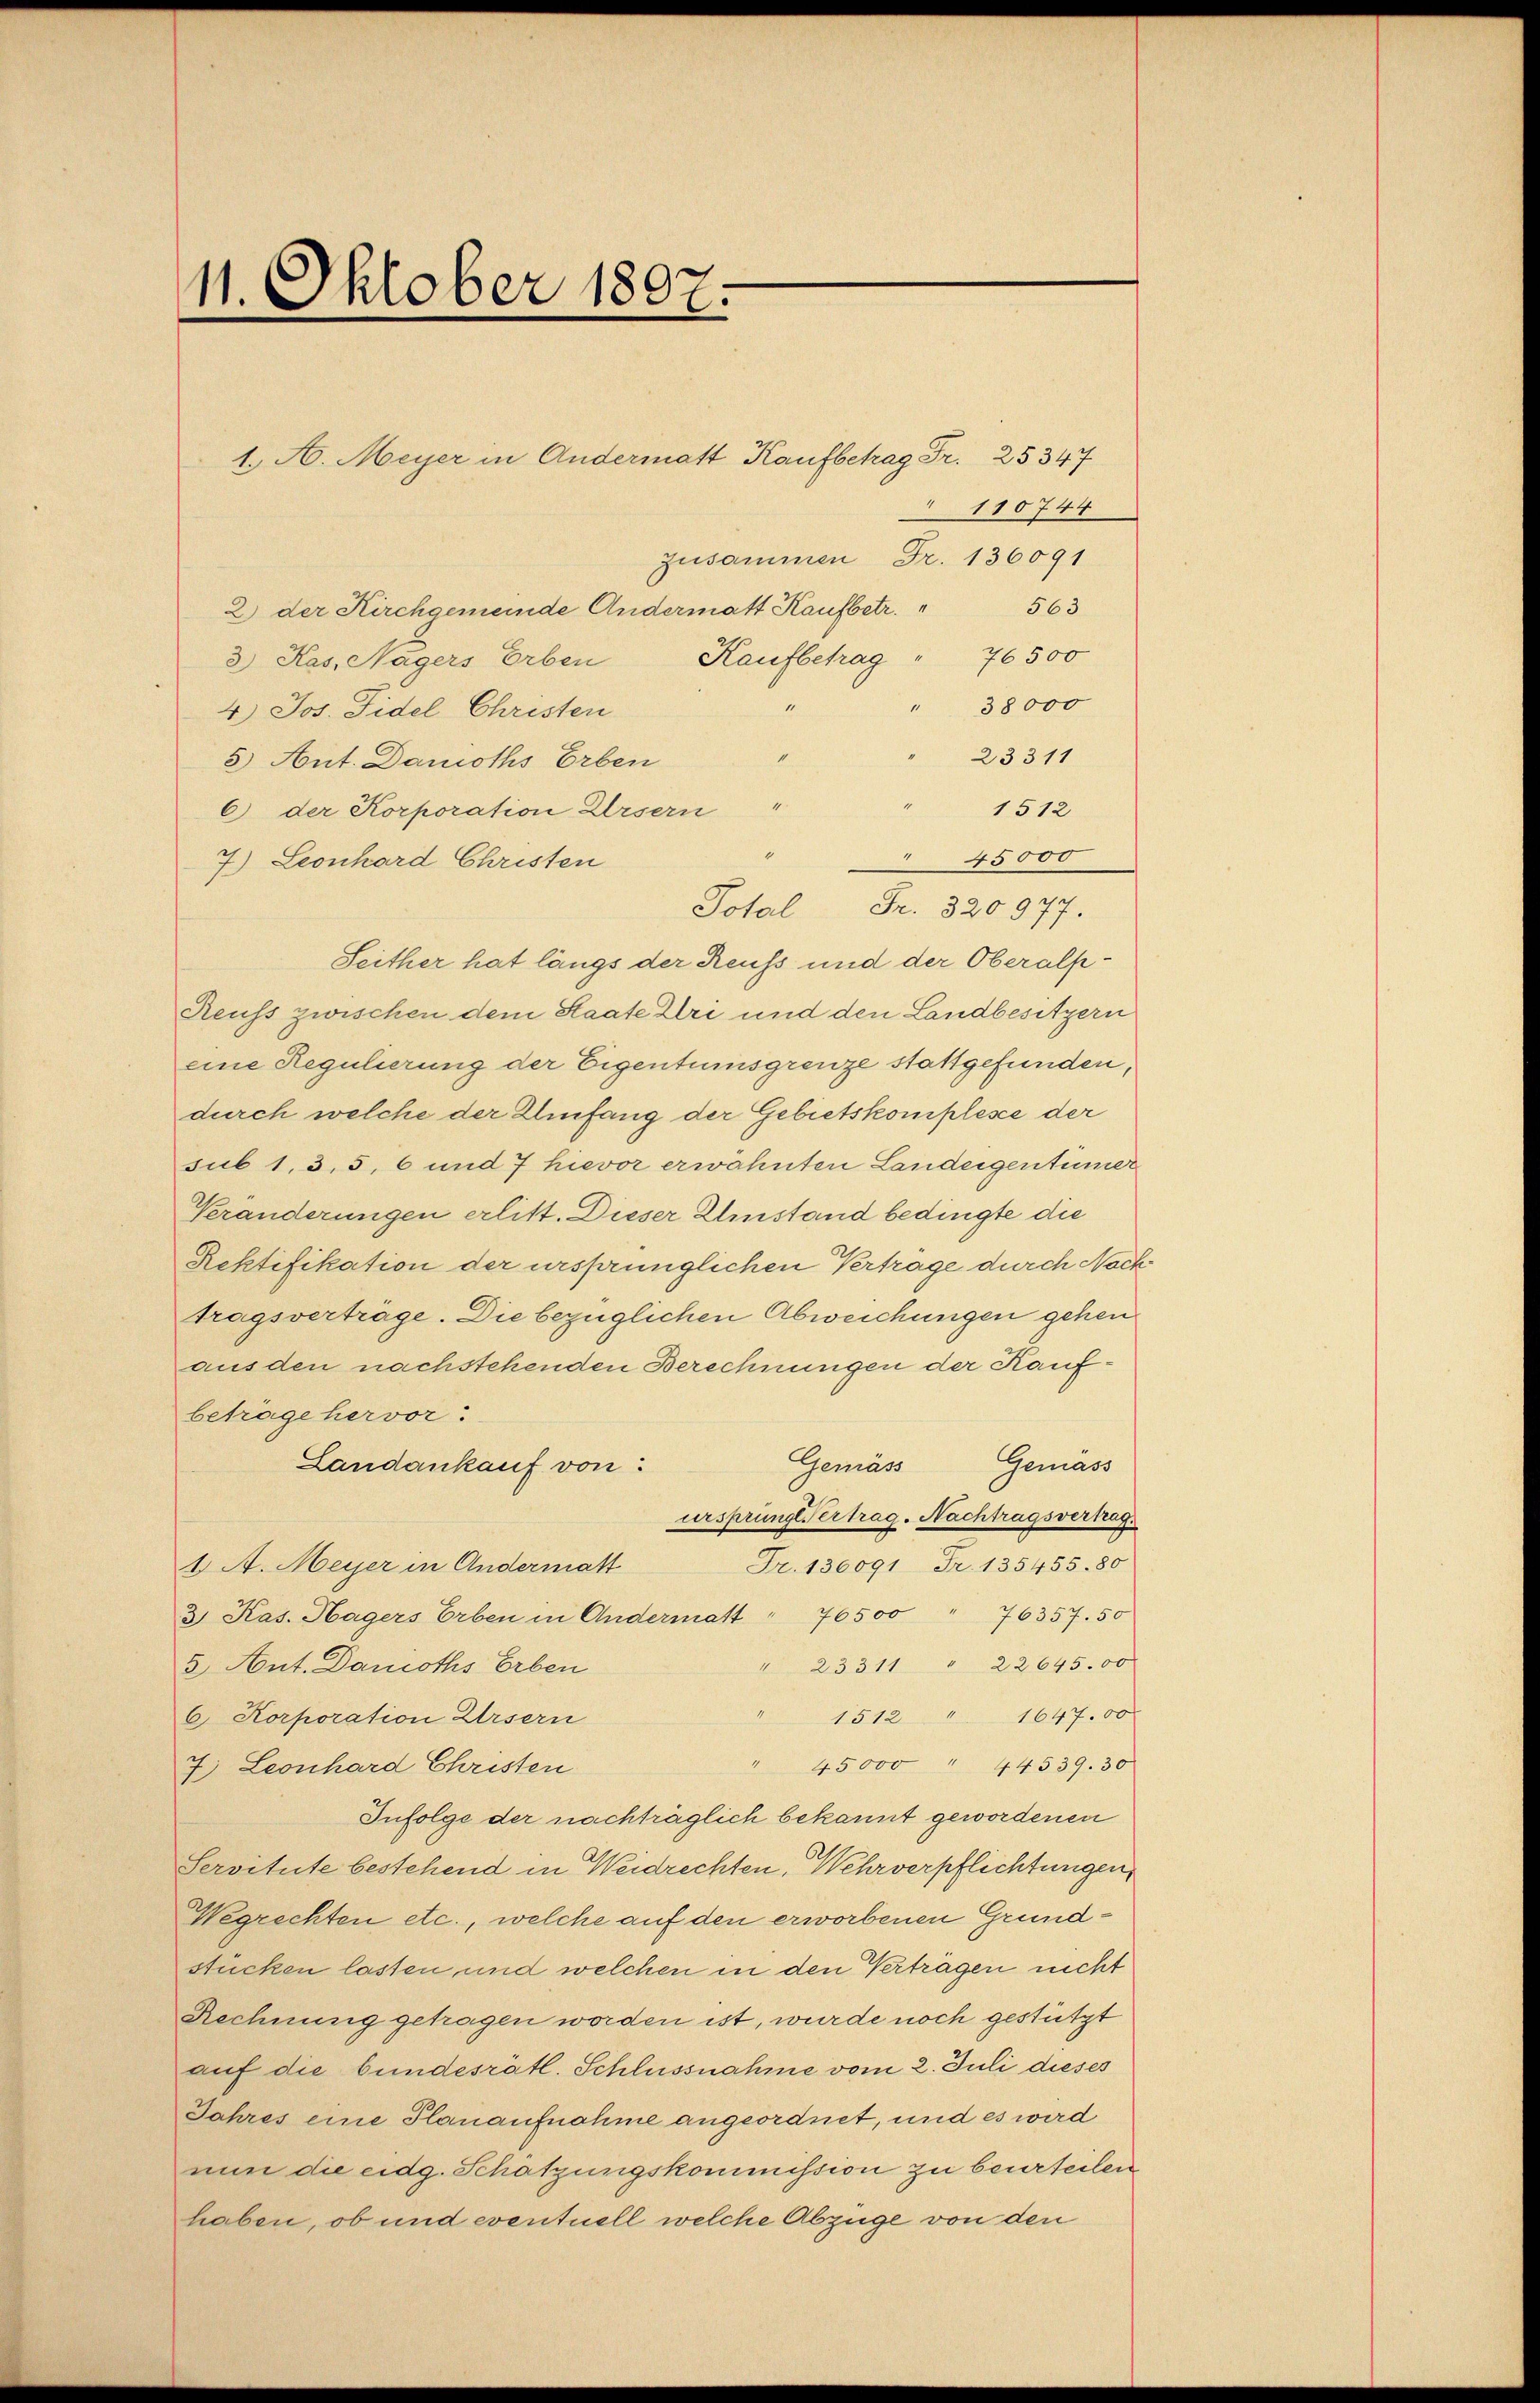
11. Oktober 1807.

1. A. Meyer in Andermatt, Kaufbetrag Fr. 25347
2) der Kirchgemeinde Andermatt Kaufbetr.
3) Kas, Nägers Erben
4.) Jos. Fidel Christen
23311
5) Ant. Damoths Erben
1512
6) der Korporation Ursern "
0
 45000
7.) Leonhard Christen
Total Fr. 320977.
Seither hat längs der Reuss und der Oberalp
Reuss zwischen dem Staate Uri und den Landbesitzern
eine Regulierung der Eigentumsgrenze stattgefunden,
durch welche der Umfang der Gebietskomplesce der
sub 1, 3, 5, 6 und 7 hievor erwähnten Landeigentümer
Veränderungen erlitt. Dieser Umstand bedingte die
Rektifikation der ursprünglichen Verträge durch Nock
tragsverträge. Die bezüglichen Abweichungen gehen
aus den nachstehenden Berechnungen der Kaufbeträge hervor:
Gemäss Gemäss
Landankauf von
ursprunge Vertrag. Nachtragsvertrag.
Fr. 130091 Fr. 135455. 80
1. A. Meyer in Andermatt
3 Kas. Hagers Erben in Andermatt " 76500 " 76357. 50
" 233 11 " 22645.00
5 Ant. Damoths Erben
1512 " 1647.00
6 Korporation Ursern
" 45000 " 44539. 30
7. Leonhard Christen
Infolge der nachträglich bekannt gewordenen
Servitute bestehend in Weidrechten, Wehrverpflichtungen,
Wegrechten etc., welche auf den erworbenen Grundstücken lassen und welchen in den Vertragen nicht
Rechnung getragen worden ist, wurde noch gestützt
auf die bundesrätl. Schlussnahme vom 2. Juli dieses
Jahres eine Planaufnahme angeordnet, und es wird
nun die eidg. Schätzungskommission zu beurteilen
haben, ob und eventuell welche Abzüge von den

110744
Zusammen Fr. 136091
563
Kaufbetrag " 76500
" 38000